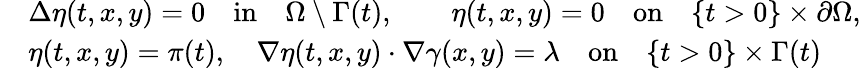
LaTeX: \begin{array}{rl}&{\Delta\eta(t,x,y)=0\quad\textrm{in}\quad\Omega\setminus\Gamma(t),\qquad\eta(t,x,y)=0\quad\textrm{on}\quad\{ t>0\} \times\partial\Omega,}\\ &{\eta(t,x,y)=\pi(t),\quad\nabla\eta(t,x,y)\cdot\nabla\gamma(x,y)=\lambda\quad\textrm{on}\quad\{ t>0\} \times\Gamma(t)}\end{array}